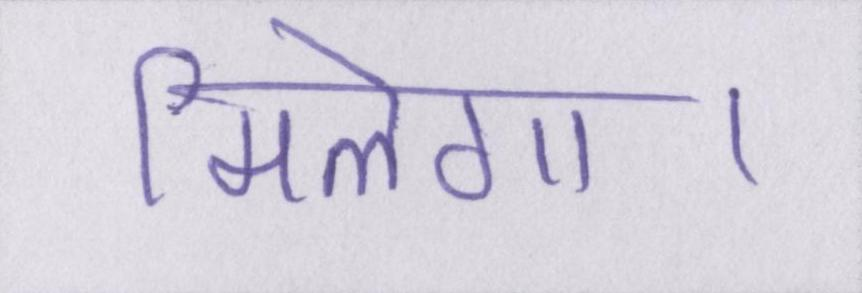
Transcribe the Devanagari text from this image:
मिलेगा।